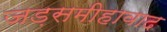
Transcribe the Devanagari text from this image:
जड़समीहावाद